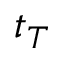
t _ { T }